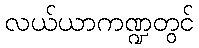
လယ်ယာကဏ္ဍတွင်